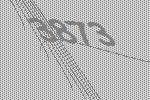
3873